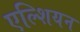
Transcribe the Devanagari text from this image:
एल्शियन